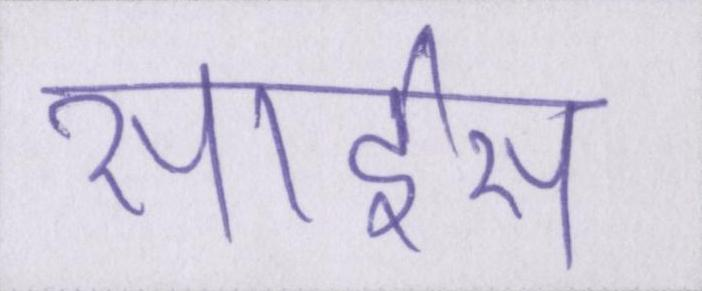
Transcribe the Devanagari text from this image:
साइंस